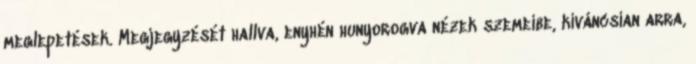
meglepetések. Megjegyzését hallva, enyhén hunyorogva nézek szemeibe, kíváncsian arra,